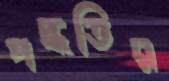
পদ্ধতির